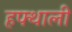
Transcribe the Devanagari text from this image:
हफ्थाली